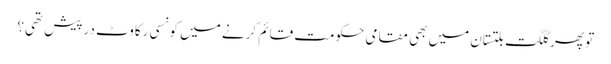
تو پھر گلگت بلتستان میں بھی مقامی حکومت قائم کرنے میں کونسی رکاوٹ درپیش تھی؟